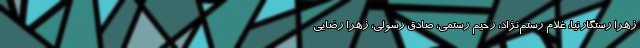
زهرا رستگارنیا، غلام رستم‌نژاد، رحیم رستمی، صادق رسولی، زهرا رضایی